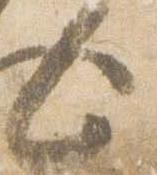
々